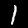
Label: 1